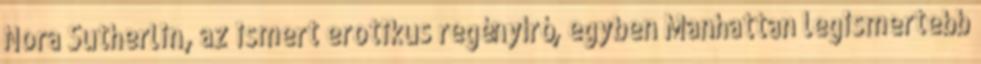
Nora Sutherlin, az ismert erotikus regényíró, egyben Manhattan legismertebb